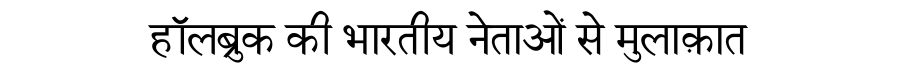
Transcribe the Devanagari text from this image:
हॉलब्रुक की भारतीय नेताओं से मुलाक़ात